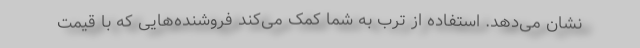
نشان می‌دهد. استفاده از ترب به شما کمک می‌کند فروشنده‌هایی که با قیمت